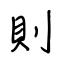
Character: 則